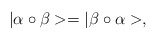
\begin{align*}| \alpha \circ \beta >= | \beta \circ \alpha >,\end{align*}